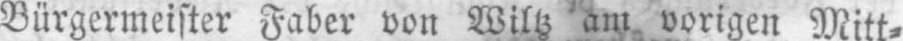
Bürgermeister Faber von Wiltz am vorigen Mitt⸗